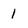
Character: 1